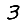
Digit: 3